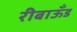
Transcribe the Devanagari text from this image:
रीबाऊँड